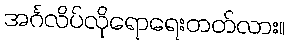
အင်္ဂလိပ်လိုရောရေးတတ်လား။